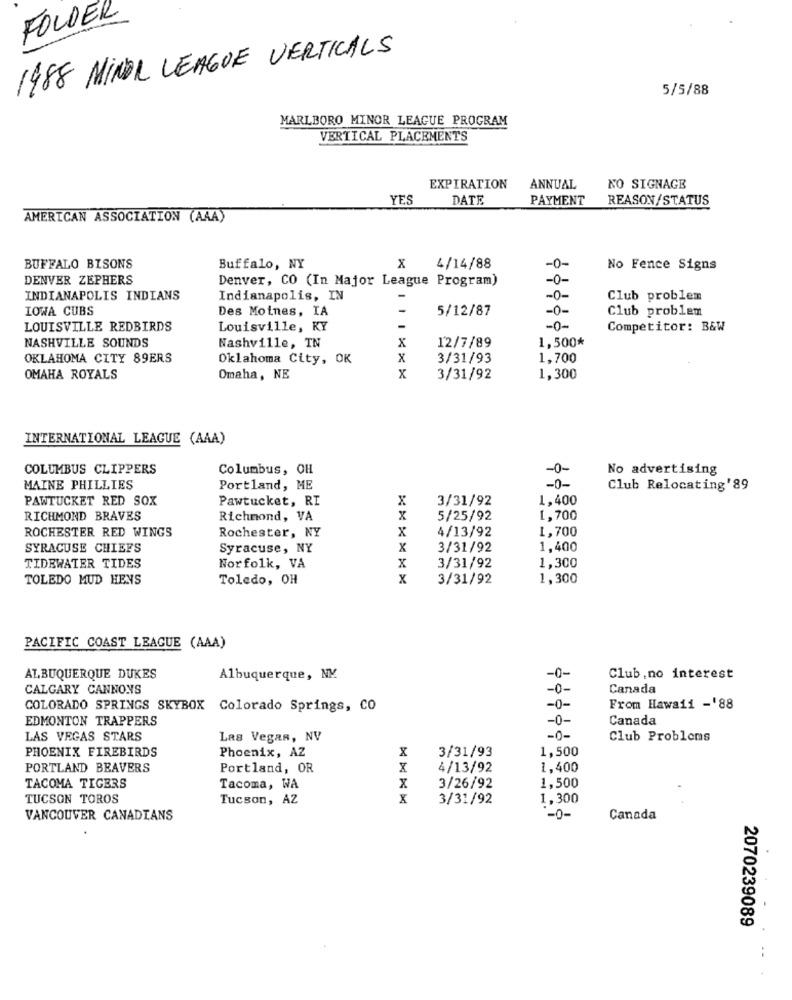
FOLDER
1988 MINOR LEAGUE VERTICALS
5/5/88
MARLBORO MINOR LEAGUE PROGRAM
VERTICAL PLACEMENTS
EXPIRATION
ANNUAL
NO SIGNAGE
YES
DATE
PAYMENT
REASON/STATUS
AMERICAN ASSOCIATION (AAA)
x
BUFFALO BISONS
Buffalo, NY
4/14/88
-0-
No Fence Signs
DENVER ZEPHERS
Denver, CO (In Major League Program)
-0-
INDIANAPOLIS INDIANS
Indianapolis, IN
-0-
Club problem
IOWA CUBS
Des Moines, IA
-
5/12/87
-0-
Club problem
LOUISVILLE REDBIRDS
Louisville, KY
-
-0-
Competitor: B&W
NASHVILLE SOUNDS
1,500*
Nashville, TN
X
12/7/89
OKLAHOMA CITY 89ERS
Oklahoma City, OK
X
3/31/93
1,700
x
OMAHA ROYALS
Omaha, NE
3/31/92
1,300
INTERNATIONAL LEAGUE (AAA)
COLUMBUS CLIPPERS
Columbus, OH
-0-
No advertising
MAINE PHILLIES
Portland, ME
-0-
Club Relocating'89
PAWTUCKET RED SOX
Pawtucket, RI
x
3/31/92
1,400
RICHMOND BRAVES
Richmond, VA
x
5/25/92
1,700
X
4/13/92
1,700
ROCHESTER RED WINGS
Rochester, NY
SYRACUSE CHIEFS
Syracuse, NY
X
3/31/92
1,400
1,300
TIDEWATER TIDES
Norfolk, VA
x
3/31/92
TOLEDO MUD HENS
Toledo, OH
x
3/31/92
1,300
PACIFIC COAST LEAGUE (AAA)
ALBUQUERQUE DUKES
Albuquerque, NM
-0-
Club.no interest
CALGARY CANNONS
-0-
Canada
COLORADO SPRINGS SKYBOX Colorado Springs, CO
-0-
From Hawaii -'88
EDMONTON TRAPPERS
-0-
Canada
LAS VEGAS STARS
Las Vegas, NV
-0-
Club Problems
PHOENIX FIREBIRDS
Phoenix, AZ
3/31/93
1,500
x
PORTLAND BEAVERS
Portland, OR
X
4/13/92
1,400
TACOMA TIGERS
Tacoma, WA
X
3/26/92
1,500
TUCSON TOROS
Tucson, AZ
3/31/92
1,300
VANCOUVER CANADIANS
=0-
Canada
2070239089